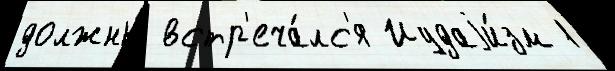
должны́ встр'еча́лс'я Иудаjи́зм 1